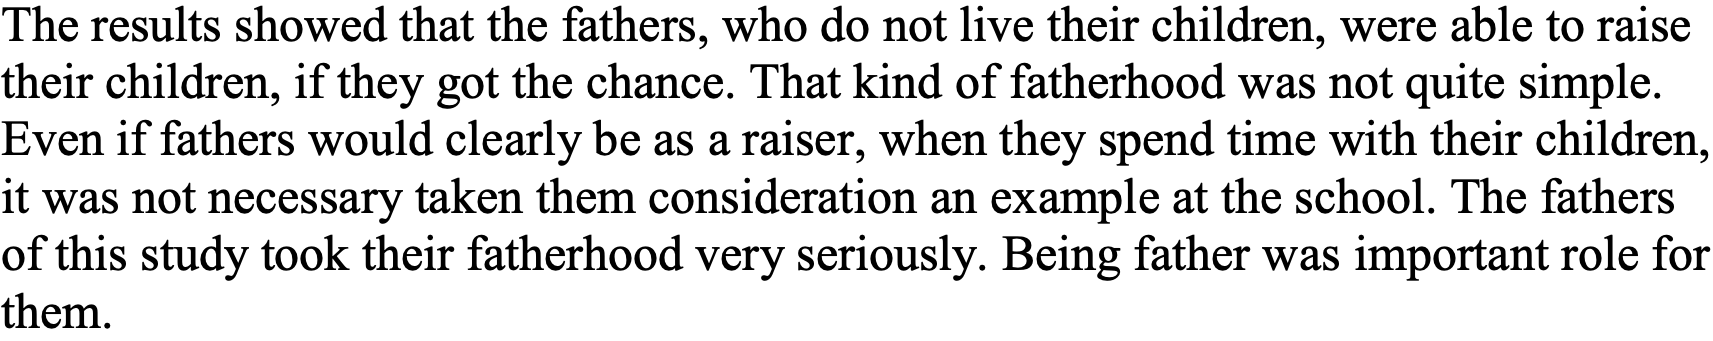
The results showed that the fathers, who do not live their children, were able to raise their children, if they got the chance. That kind of fatherhood was not quite simple. Even if fathers would clearly be as a raiser, when they spend time with their children, it was not necessary taken them consideration an example at the school. The fathers of this study took their fatherhood very seriously. Being father was important role for them.